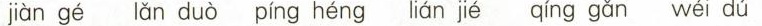
jiàn gé lǎn duò píng héng lián jié qíng gǎn wéi dú